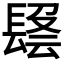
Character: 𨲑